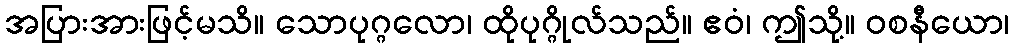
အပြားအားဖြင့်မသိ။ သောပုဂ္ဂလော၊ ထိုပုဂ္ဂိုလ်သည်။ ဧဝံ၊ ဤသို့။ ဝစနီယော၊